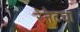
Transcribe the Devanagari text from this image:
रेनेटचा